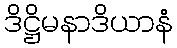
ဒိဋ္ဌိမနာဒိယာနံ